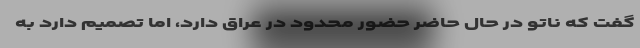
گفت که ناتو در حال حاضر حضور محدود در عراق دارد، اما تصمیم دارد به